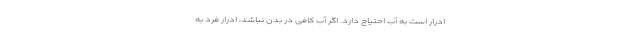
ادرار است به آب احتیاج دارد. اگر آب کافی در بدن نباشد، ادرار فرد به